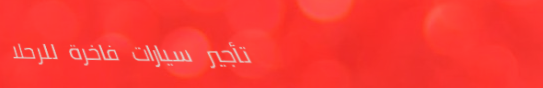
تأجير سيارات فاخرة للرحلا